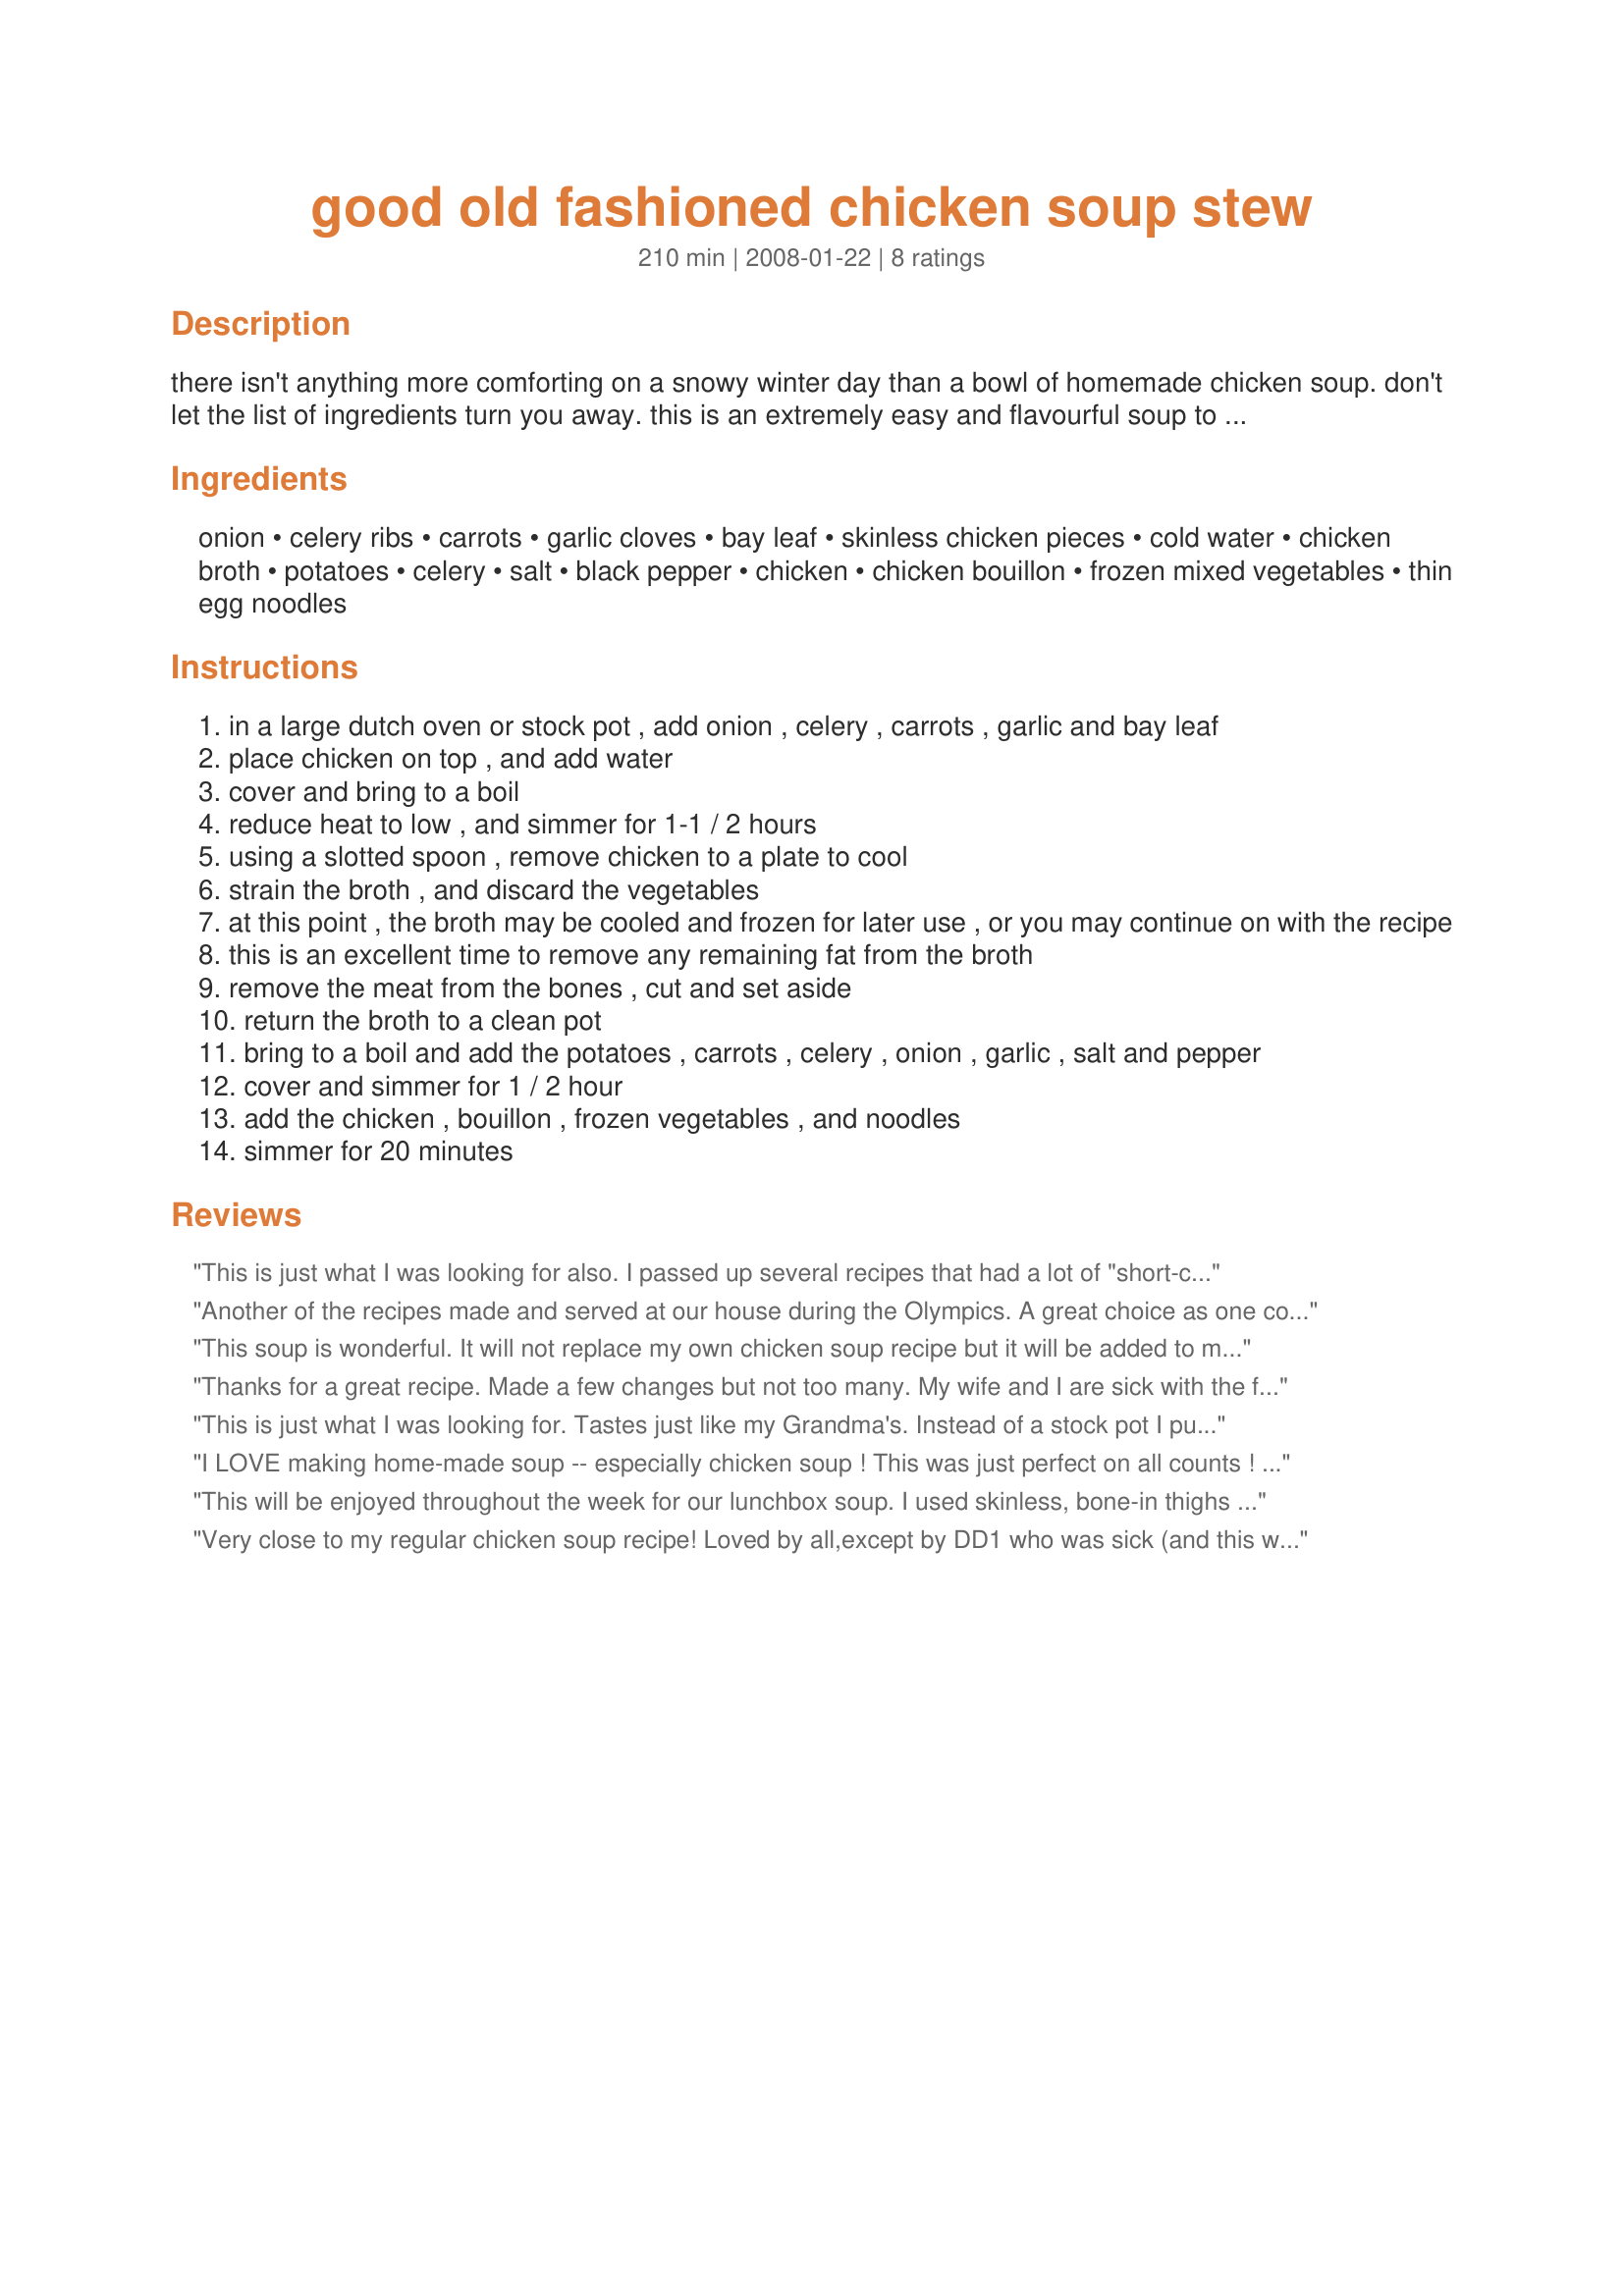
good old fashioned chicken soup stew
Preparation time: 210 minutes

there isn't anything more comforting on a snowy winter day than a bowl of homemade chicken soup. don't let the list of ingredients turn you away. this is an extremely easy and flavourful soup to make. the soup is thicker the second day because of the added noodles. this also freezes extremely well.

Ingredients:
onion, celery ribs, carrots, garlic cloves, bay leaf, skinless chicken pieces, cold water, chicken broth, potatoes, celery, salt, black pepper, chicken, chicken bouillon, frozen mixed vegetables, thin egg noodles

Steps:
in a large dutch oven or stock pot , add onion , celery , carrots , garlic and bay leaf
place chicken on top , and add water
cover and bring to a boil
reduce heat to low , and simmer for 1-1 / 2 hours
using a slotted spoon , remove chicken to a plate to cool
strain the broth , and discard the vegetables
at this point , the broth may be cooled and frozen for later use , or you may continue on with the recipe
this is an excellent time to remove any remaining fat from the broth
remove the meat from the bones , cut and set aside
return the broth to a clean pot
bring to a boil and add the potatoes , carrots , celery , onion , garlic , salt and pepper
cover and simmer for 1 / 2 hour
add the chicken , bouillon , frozen vegetables , and noodles
simmer for 20 minutes

Reviews:
This is just what I was looking for also. I passed up several recipes that had a lot of "short-cuts" such as boxed stock, etc. I felt a cold coming on and wanted real chicken soup. This hit the spot. I used rice instead of noodles for "chicken rice" soup! Fantastic! Thanks.
Another of the recipes made and served at our house during the Olympics. A great choice as one could watch the games and come supper a meal ready to go! Made the stock and then put it all in my big crock pot to simmer away while I enjoyed the games. The aroma alone worth a five! Added to my Soup Favourites Cookbook.
This soup is wonderful. It will not replace my own chicken soup recipe but it will be added to my recipes that I cook. I will have to alternate between this one and mine because they are equally as good IMO. I did add a little basil and also used dried celery and re-hydrated it with chicken stock. I used a medley of veggies, which included cauliflower, carrots, broccoli and added a few peas to the mixture, I also only used a few noodles and had to use two different kinds but it was a really good stew/soup. 

Made for Soup is on in the Diabetic Forum Jan. '10
Thanks for a great recipe. Made a few changes but not too many. My wife and I are sick with the flu &amp; colds and this soup made the day and the day after.
Wayne &amp; Muffy
This is just what I was looking for. Tastes just like my Grandma's. Instead of a stock pot I put four legs and thighs in a slow cooker over night with about three cups of water. The next morning I removed the chicken and mixed the stock and enough bouillon broth to make 10 cups of liquid. I then added fresh veggies and the noodles. I added too much noodles so I just made up two more cups of bouillon broth.
I LOVE making home-made soup -- especially chicken soup ! This was just perfect on all counts ! I prepared 1/2 recipe, using 2 VERY chubby thighs with bone in, and a handful of angel hair pasta- torn in thirds. DH and I ate so much of it, there was not sufficient to save for lunch -- so Tom - the Irish Setter, had a lovely, satisfying, post-dinner slurp ! Thanks, Diana - for posting a truly Comfort Food recipe, which will be repeated often !
This will be enjoyed throughout the week for our lunchbox soup. I used skinless, bone-in thighs and omitted the potatoes since I was adding in egg noodles. I really liked the fact that the stock can be made ahead if wanted. The aroma from the cooking stock was delightful. Made for *Aussie Swap*
Very close to my regular chicken soup recipe! Loved by all,except by DD1 who was sick (and this was exactly what she needed!) band had no appetite at all.Made it with chicken thighs (sick DD ate a whole one but no soup- I guess she just needed the protein) and some breast.
I added some peas ,celery and parsley leaves in the end.
